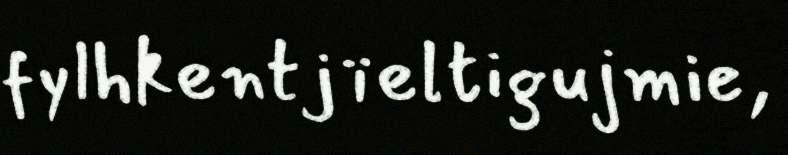
fylhkentjïeltigujmie,